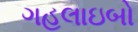
ગહલાઇબો